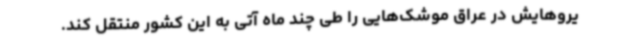
یروهایش در عراق موشک‌هایی را طی چند ماه آتی به این کشور منتقل کند.